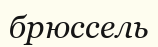
брюссель